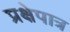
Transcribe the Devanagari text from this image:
प्रक्षेपात्र